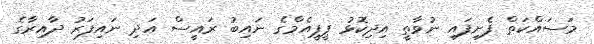
މަސައްކަތް ފެށިފައި ނުވާތީ އިދިކޮޅު ޕީޕީއެމްގެ ނައިބު ރައީސް އަދި ނައިފަރު ދާއިރާގެ